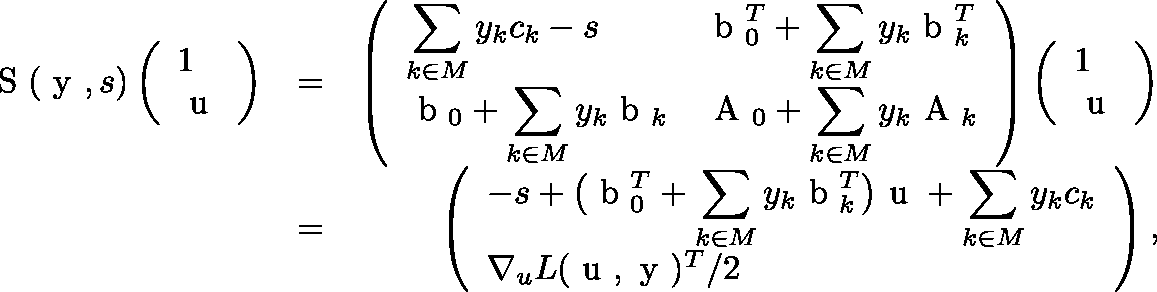
\begin{array} { r l r } { \mathrm { \boldmath ~ S ~ } ( \mathrm { \boldmath ~ y ~ } , s ) \left( \begin{array} { l } { 1 } \\ { \mathrm { \boldmath ~ u ~ } } \end{array} \right) } & { = } & { \left( \begin{array} { l l } { \displaystyle \sum _ { k \in M } y _ { k } c _ { k } - s } & { \displaystyle \mathrm { \boldmath ~ b ~ } _ { 0 } ^ { T } + \sum _ { k \in M } y _ { k } \mathrm { \boldmath ~ b ~ } _ { k } ^ { T } } \\ { \displaystyle \mathrm { \boldmath ~ b ~ } _ { 0 } + \sum _ { k \in M } y _ { k } \mathrm { \boldmath ~ b ~ } _ { k } } & { \displaystyle \mathrm { \boldmath ~ A ~ } _ { 0 } + \sum _ { k \in M } y _ { k } \mathrm { \boldmath ~ A ~ } _ { k } } \end{array} \right) \left( \begin{array} { l } { 1 } \\ { \mathrm { \boldmath ~ u ~ } } \end{array} \right) } \\ & { = } & { \left( \begin{array} { l } { \displaystyle - s + \big ( \mathrm { \boldmath ~ b ~ } _ { 0 } ^ { T } + \sum _ { k \in M } y _ { k } \mathrm { \boldmath ~ b ~ } _ { k } ^ { T } \big ) \mathrm { \boldmath ~ u ~ } + \sum _ { k \in M } y _ { k } c _ { k } } \\ { \nabla _ { u } L ( \mathrm { \boldmath ~ u ~ } , \mathrm { \boldmath ~ y ~ } ) ^ { T } / 2 } \end{array} \right) , } \end{array}